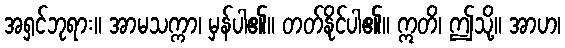
အရှင်ဘုရား။ အာမသက္ကာ၊ မှန်ပါ၏။ တတ်နိုင်ပါ၏။ ဣတိ၊ ဤသို့။ အာဟ၊